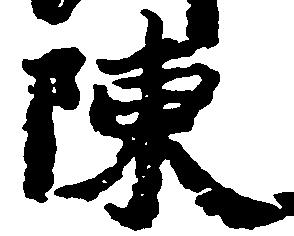
陳